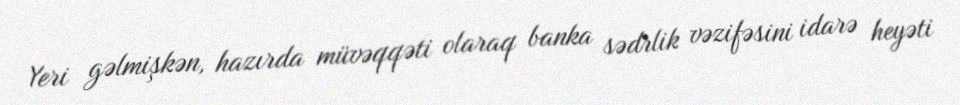
Yeri gəlmişkən, hazırda müvəqqəti olaraq banka sədrlik vəzifəsini idarə heyəti